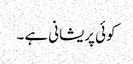
کوئی پریشانی ہے ۔